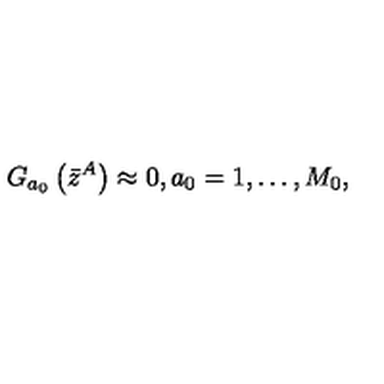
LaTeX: G _ { a _ { 0 } } \left( \bar { z } ^ { A } \right) \approx 0 , a _ { 0 } = 1 , \ldots , M _ { 0 } ,